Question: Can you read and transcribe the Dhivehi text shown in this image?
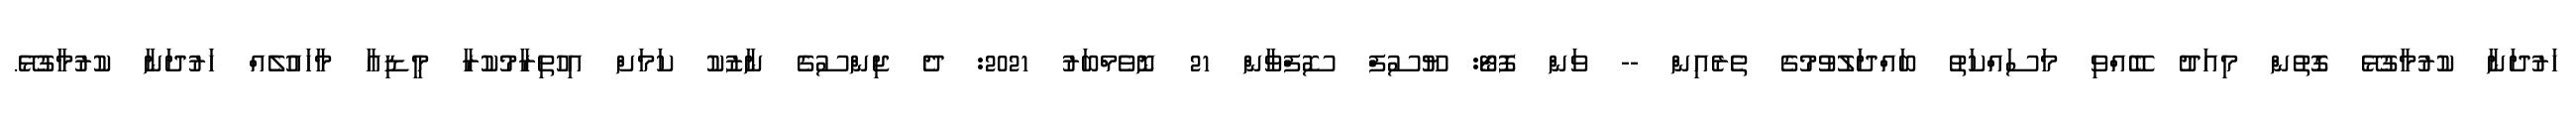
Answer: ހަރުދަނާ ކުރުމާގުޅޭ ގޮތުން މިއަދު ބޭއްވި މަސައްކަތު ބައްދަލުވުމުގެ ތެރެއިން -- ވަން ފޮޓޯ: ޔޫސުފް ސޮފްވާން 21 ނޮވެމްބަރު 2021: ދެ ޖިންސުގެ ނާޒުކު ކަމަށް އިހުތިރާމުކުރާ މީޑިއާ މާހައުލެއް ހަރުދަނާ ކުރުމާގުޅޭ.